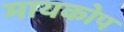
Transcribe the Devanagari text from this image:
मायकोप